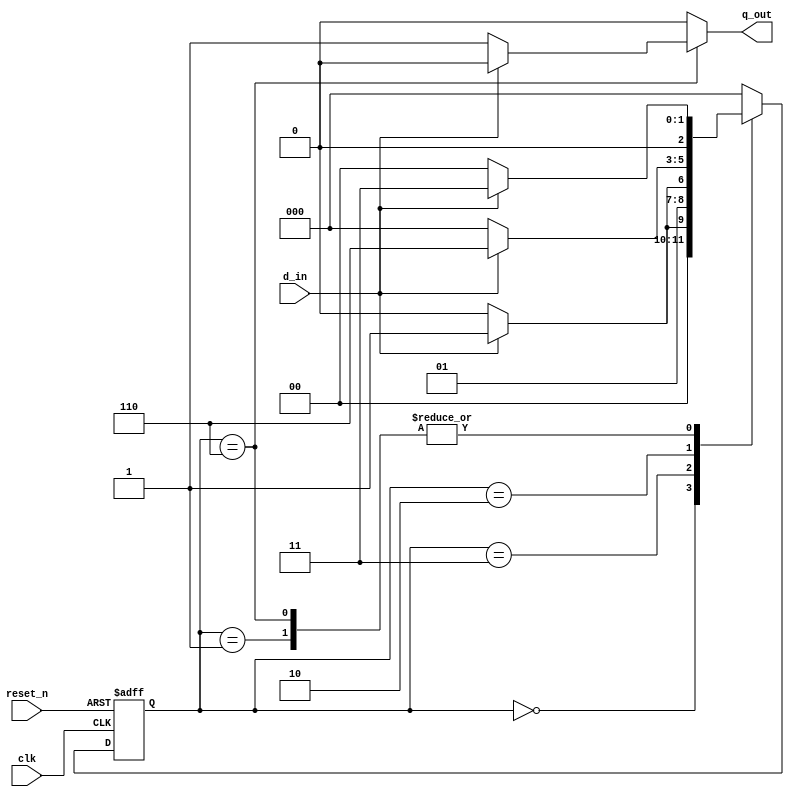
`timescale 1ns / 1ps
//////////////////////////////////////////////////////////////////////////////////
// Company: 
// Engineer: 
// 
// Design Name: 
// Module Name: lab_70_11010_grey_mealy
// Project Name: 
// Target Devices: 
// Tool Versions: 
// Description: 
// 
// Dependencies: 
// 
// Revision:
// Revision 0.01 - File Created
// Additional Comments:
// 
//////////////////////////////////////////////////////////////////////////////////


module lab_70_11010_grey_mealy(
                            input d_in, clk, reset_n,
                            output reg q_out
                            );
                                                
parameter s0=3'b000, s1=3'b001, s2=3'b011, s3=3'b010, s4=3'b110;
reg [2:0] present_state, next_state;
 
 
 always@(posedge clk or negedge reset_n)
begin
    if(!reset_n)
        present_state <= s0;
    else
        present_state <= next_state;
end

// next state
always @(*)
 begin
    case(present_state)
    s0: if(d_in)
            next_state = s1;
        else
            next_state = s0;
            
    s1: if(d_in)
            next_state = s2;
        else
            next_state = s0;
   
    s2: if(~d_in)
            next_state = s3;
        else
            next_state = s2;
            
    s3: if(d_in)
            next_state = s4;
        else
            next_state = s0;
                        
    s4: if(d_in)
            next_state = s2;
        else
            next_state = s0;
    default: 
            next_state = s0;
    endcase
 end
 
 //
 always @*
    begin
        case(present_state)
        s0 : q_out = 1'b0;
        s1 : q_out = 1'b0;
        s2 : q_out = 1'b0;
        s3 : q_out = 1'b0;
        s4 : if(~d_in)
                q_out = 1'b1;
             else
                q_out = 1'b0;
                
        default: q_out = 1'b0;
        endcase
    end
endmodule